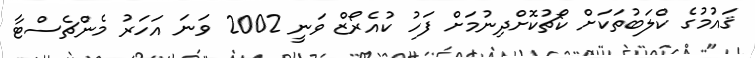
ޤައުމުގެ ކްލަބުތަކަށް ކޯޗުކޮށްދިނުމަށް ފަހު ކުއެރޯޒް ވަނީ 2002 ވަނަ އަހަރު މެންޗެސްޓާ